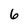
Character: 6